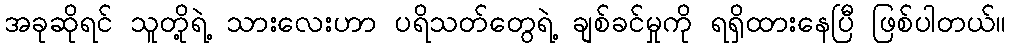
အခုဆိုရင် သူတို့ရဲ့ သားလေးဟာ ပရိသတ်တွေရဲ့ ချစ်ခင်မှုကို ရရှိထားနေပြီ ဖြစ်ပါတယ်။